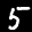
Label: 5